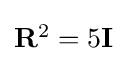
\textstyle \mathbf {R} ^{2}=5\mathbf {I}